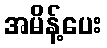
အမိန့်ပေး